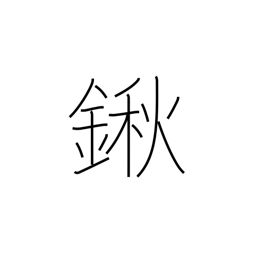
Meaning: hoe with long blade at acute angle